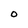
Character: o